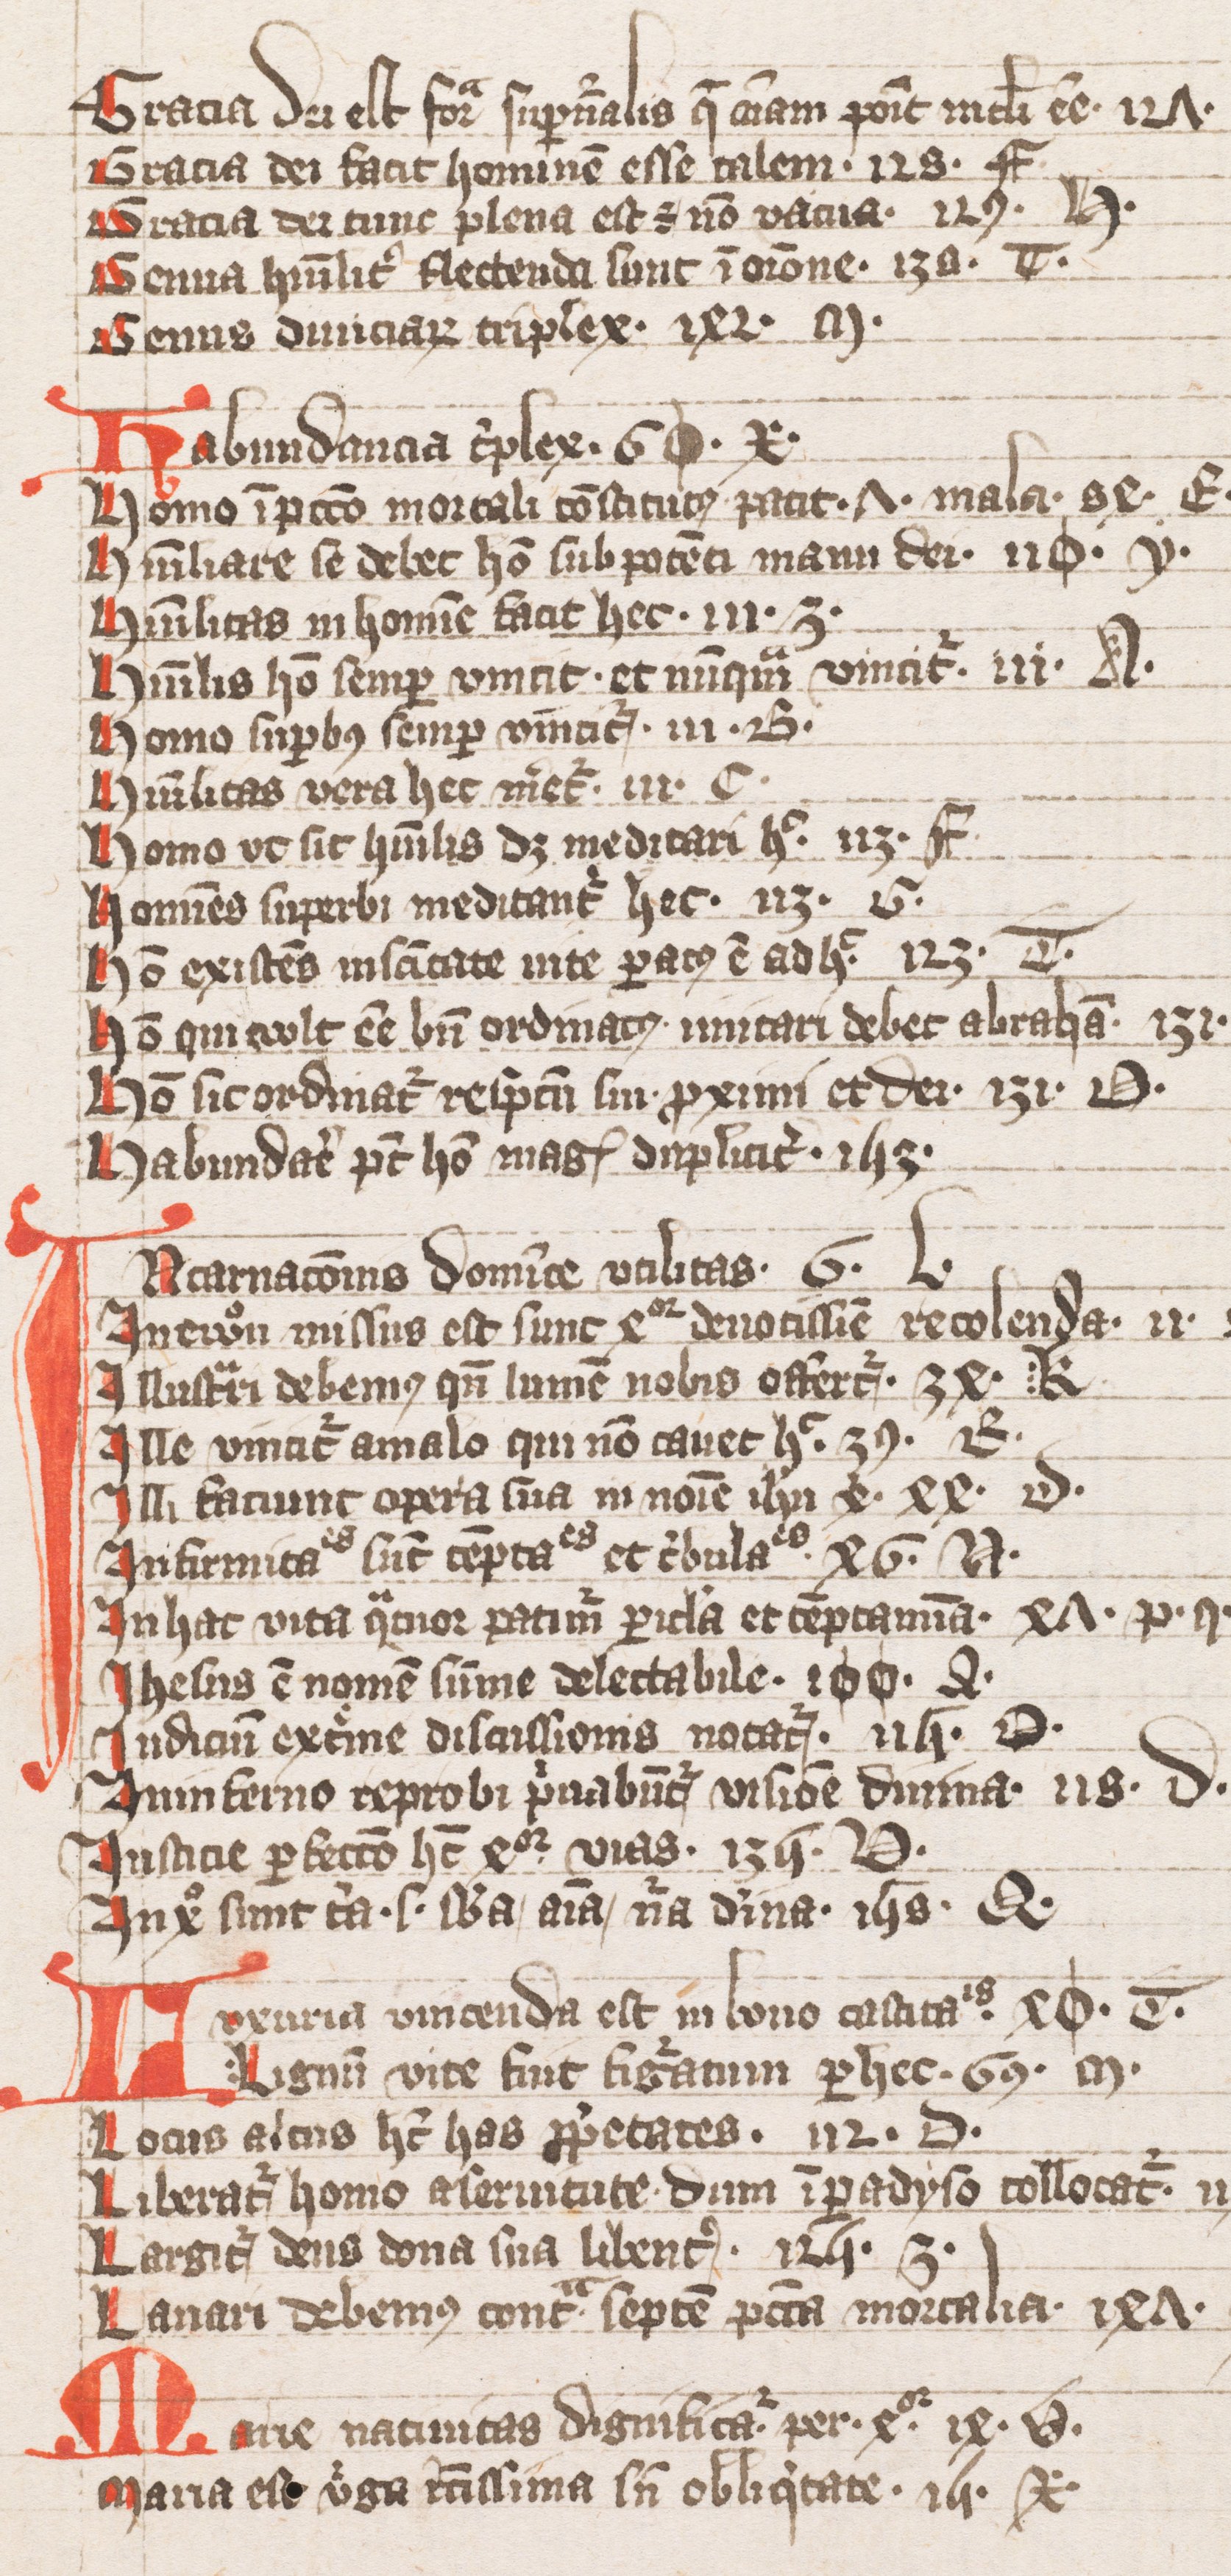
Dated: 1393–1393